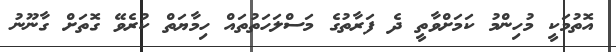
އޮތުމަކީ މުހިންމު ކަމަށްވާތީ ދެ ފަރާތުގެ މަސްލަހަތުތައް ހިމާޔަތް ކުރެވޭ ގޮތަށް ގާނޫނު